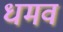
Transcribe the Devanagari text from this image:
धमव